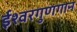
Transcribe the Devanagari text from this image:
ईश्वरगुणगान